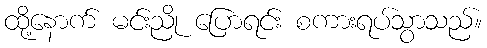
ထို့နောက် မင်းညို ပြောရင်း စကားရပ်သွာသည်။